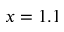
x = 1 . 1